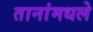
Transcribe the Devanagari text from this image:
तानांमधले